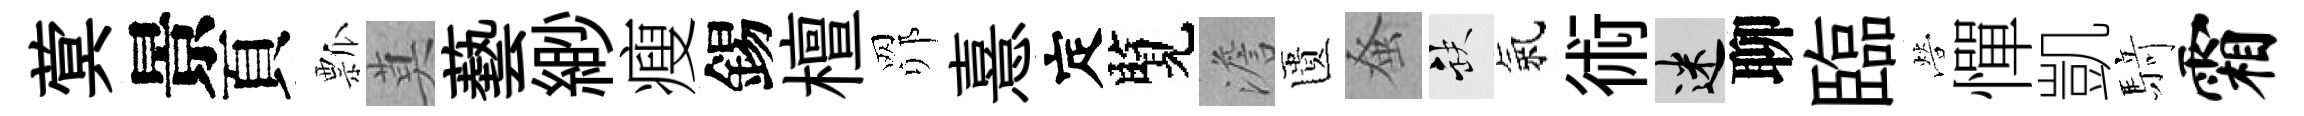
蓂景頁瓢莫藝緲瘦錫檀𦊑憙定覽澹匱𫊫缺氣術迷聊臨營憚凱𮪍霜